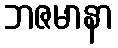
ဘဇမာနာ